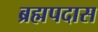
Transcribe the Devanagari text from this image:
ब्रह्मपदास